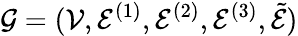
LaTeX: \mathcal{G}=(\mathcal{V},\mathcal{E}^{(1)},\mathcal{E}^{(2)},\mathcal{E}^{(3)},\tilde{\mathcal{E}})